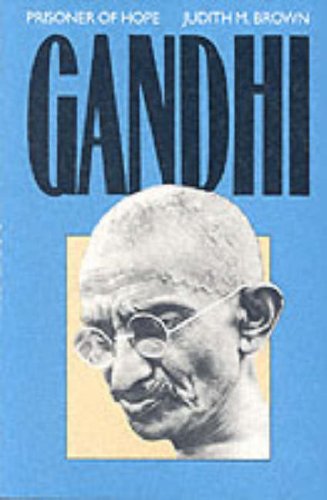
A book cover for Gandhi: Prisoner of Hope; Judith M. Brown; Religion & Spirituality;